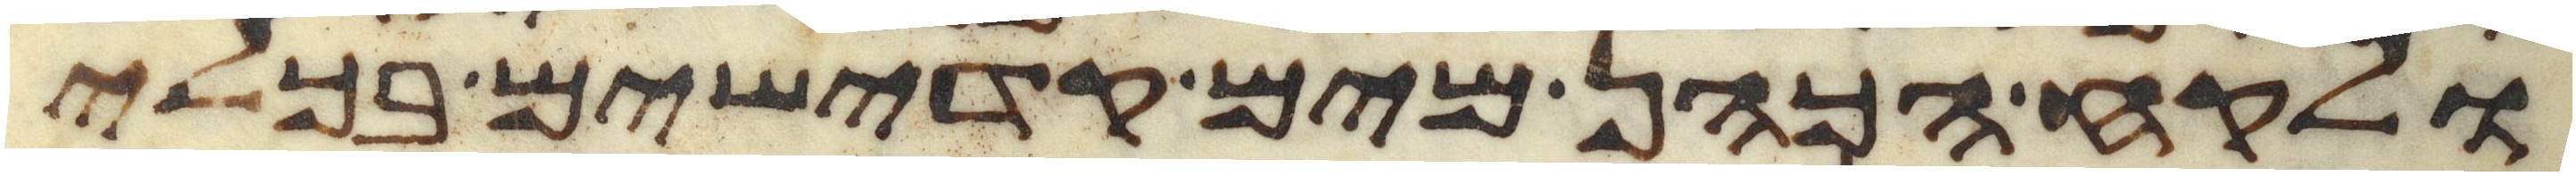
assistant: ולקח הכהן מים קדישים בכלי